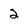
Character: 2